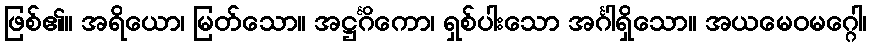
ဖြစ်၏။ အရိယော၊ မြတ်သော။ အဋ္ဌင်္ဂိကော၊ ရှစ်ပါးသော အင်္ဂါရှိသော။ အယမေဝမဂ္ဂေါ၊